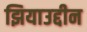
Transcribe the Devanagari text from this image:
झियाउद्दीन